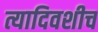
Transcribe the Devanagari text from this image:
त्यादिवशीच